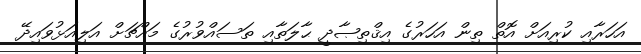
އަހަރާއި ކުރިއަށް އޮތް ތިން އަހަރުގެ އިޤްތިޞާދީ ޙާލަތާއި ތަސައްވުރުގެ މައްޗަށް އަލިއަޅުވައިދޭ